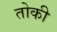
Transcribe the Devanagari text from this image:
तोकी